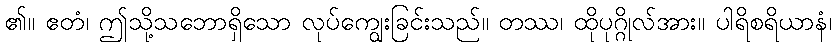
၏။ ဧတံ၊ ဤသို့သဘောရှိသော လုပ်ကျွေးခြင်းသည်။ တဿ၊ ထိုပုဂ္ဂိုလ်အား။ ပါရိစရိယာနံ၊